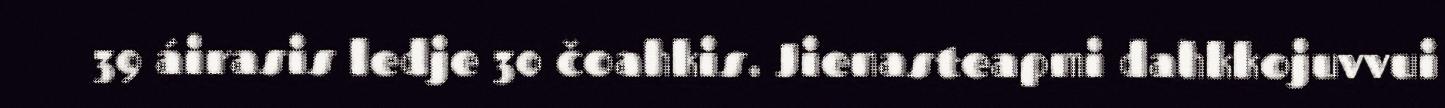
39 áirasis ledje 30 čoahkis. Jienasteapmi dahkkojuvvui